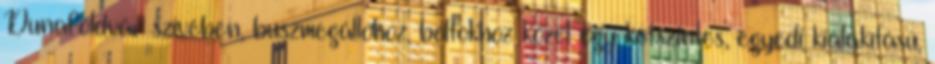
Dunaföldvár szívében, buszmegállóhoz, boltokhoz közel egy kétszintes, egyedi kialakítású,